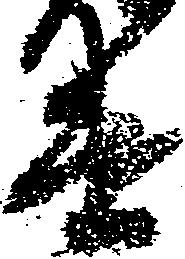
遣